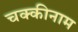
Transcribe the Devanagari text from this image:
चक्कीनाम